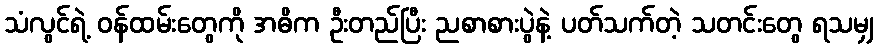
သံလွင်ရဲ့ ဝန်ထမ်းတွေကို အဓိက ဦးတည်ပြီး ညစာစားပွဲနဲ့ ပတ်သက်တဲ့ သတင်းတွေ ရသမျှ